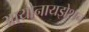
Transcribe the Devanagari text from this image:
आयोनायझेशन